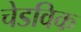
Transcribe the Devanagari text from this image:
चेडविक